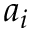
a _ { i }